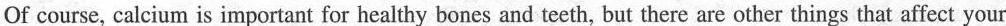
Of course, calcium is important for healthy bones and teeth, but there are other things that affect your